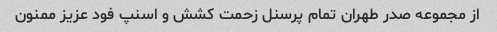
از مجموعه صدر طهران تمام پرسنل زحمت کشش و اسنپ فود عزیز ممنون